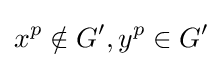
x^{p}\notin G',y^{p}\in G'